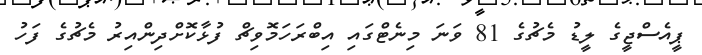
ޕީއެސްޖީގެ ލީޑު މެޗުގެ 81 ވަނަ މިނެޓްގައި އިބްރަހަމޮވިޗް ފުޅާކޮށްދިންއިރު މެޗުގެ ފަހު